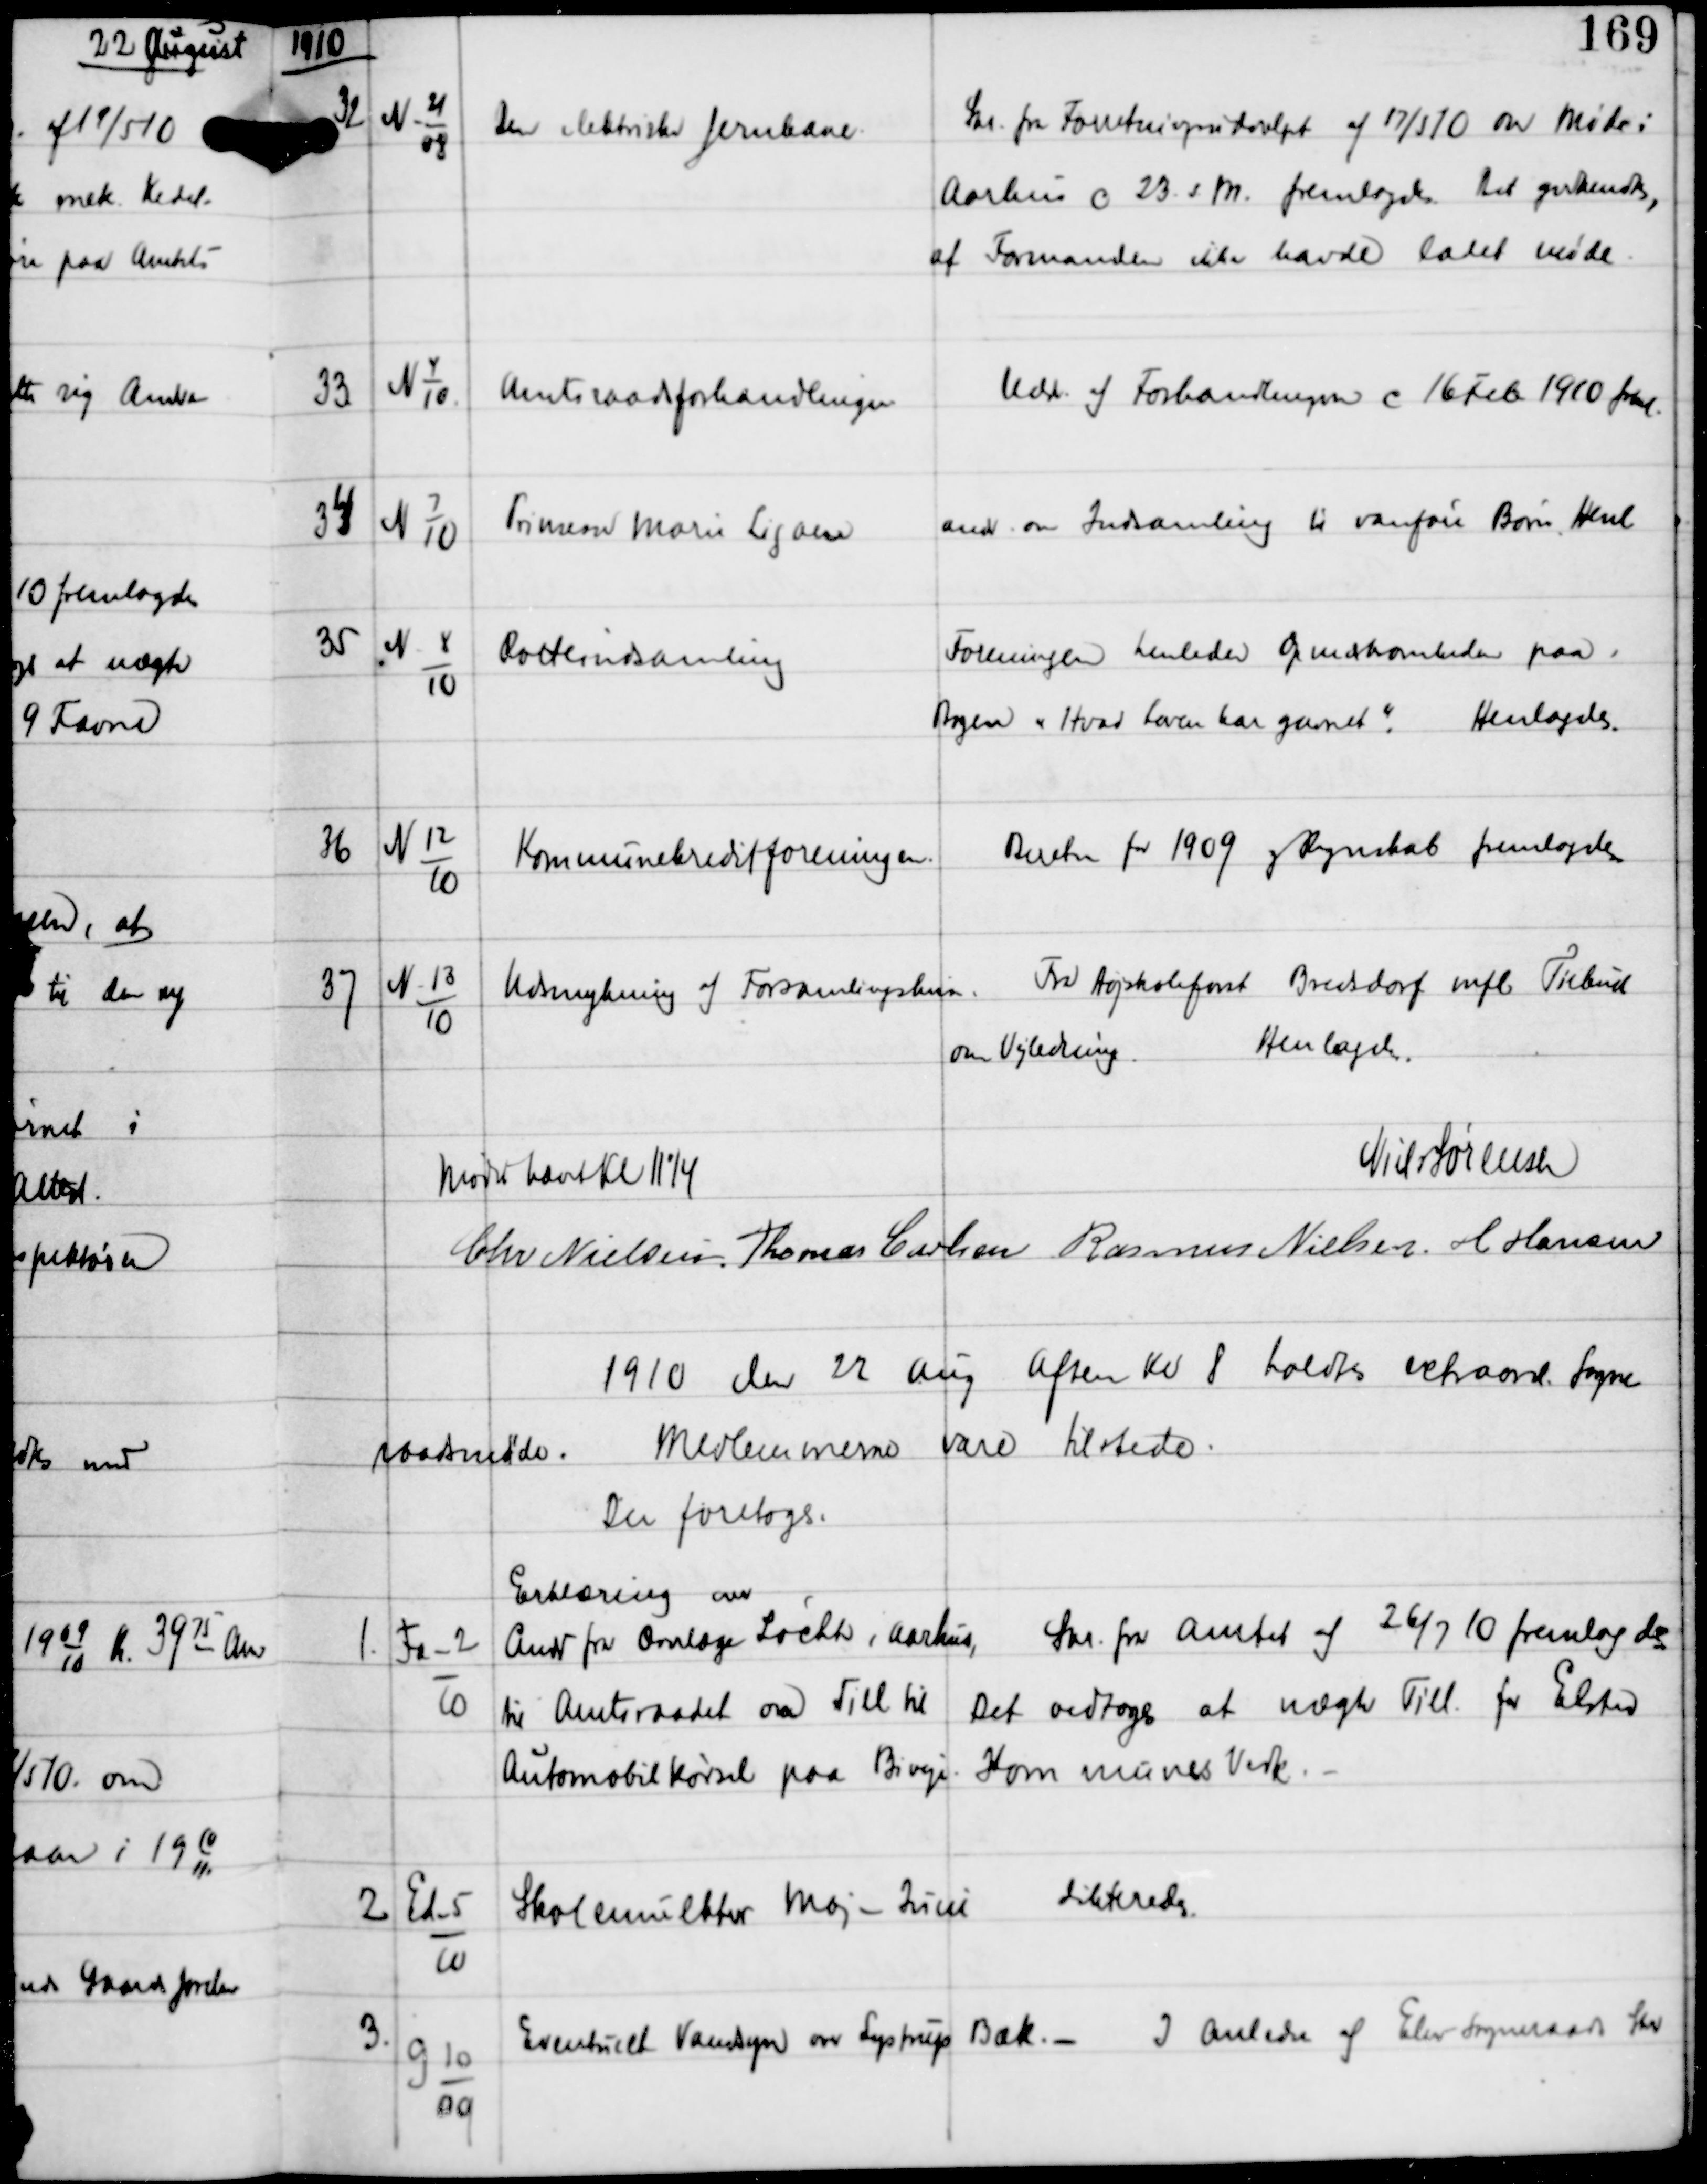
Transskription:
1910

32

N-21
08

Den elektrisk Jernbane

Skr fra Forretningsudvalget af 17/5 10 om Møde i
Aarhus c 23 s M fremlagdes. Det godkendtes
at Formanden ikke havde ladet Møde.

33

N 4
10

Amtsraadsforhandlinger

Uddr af Forhandlingerne c 16 Feb 1910 freml.

34

N 7
10

Prinsens Maria Ligaen

Andr om Indsamling til vanføre Børn Henl

35

N 8
10

Rotteindsamling

Foreningen henleder Opmærksomheden paa
Bogen "Hvad Loven har gavnet"
Henlagdes.

36

N 12
10

Kommunekreditforeningen.

Beretn for 1909 og Regnskab fremlagdes

37

N 13
10

Udsmykning af Forsamlingshus.

Fra Højskoleforst Bredsdorf mfl Tilbud
om Vejledning.
Henlagdes.

Mødet hævet Kl 11¼
Niels Sørensen
Chr Nielsen Thomas Carlsen Rasmus Nielsen H Hansen

1910 den 22 Aug Aften Kl 8 holdtes extraord Sogne-
raadsmøde.
Medlemmerne vare tilstede.
Der foretoges:

1.

Fa-2
10

Erklæring over
Andr fra Overlæge Locht i Aarhus,
til Amtsraadet om Till til
Automobilkørsel paa Biveje

Skr fra Amtet af 26/7 10 fremlagdes
Det vedtoges at nægte Till for Elsted
Kommunes Vedk. -

2

Ed-5
10

Skolemulkter Maj-Juni

dikteredes

3.

G 10
09

Eventuelt Vandsyn over Lystrup Bæk. -

I Anledn af Elev Sogneraads Skr